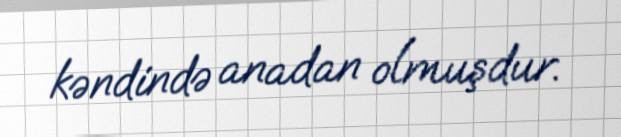
kəndində anadan olmuşdur.